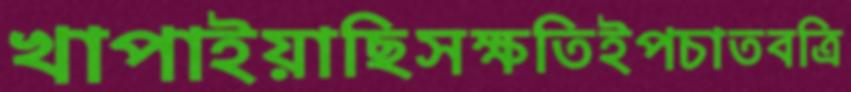
খাপাইয়াছিসক্ষতিইপচাতবত্রি